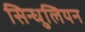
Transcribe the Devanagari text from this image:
सिन्धुलियन